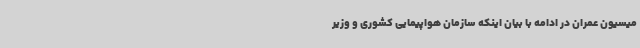
میسیون عمران در ادامه با بیان اینکه سازمان هواپیمایی کشوری و وزیر